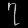
Digit: ၇